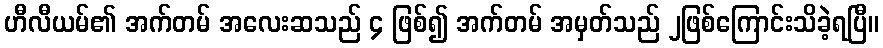
ဟီလီယမ်၏ အက်တမ် အလေးဆသည် ၄ ဖြစ်၍ အက်တမ် အမှတ်သည် ၂ဖြစ်ကြောင်းသိခဲ့ရပြီ။